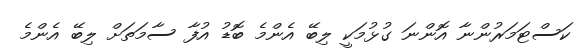
ކަސްޓަމަރުންނާ އޮންނަ ގުޅުމަކީ ލިބޭ އެންމެ ބޮޑު އުފާ ސާމަތަށް ލިބޭ އެންމެ